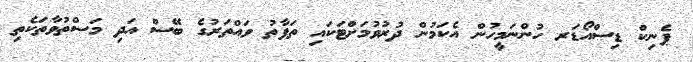
ޕެނިކް ޑިސްއޯޑަރ ހުންނަމީހުން އެކަމުން ދުރުވުމަށްޓަކައި ތަފާތު ވައްތަރުގެ ބޭސް އަދި މަސްތުވާތަކެތި